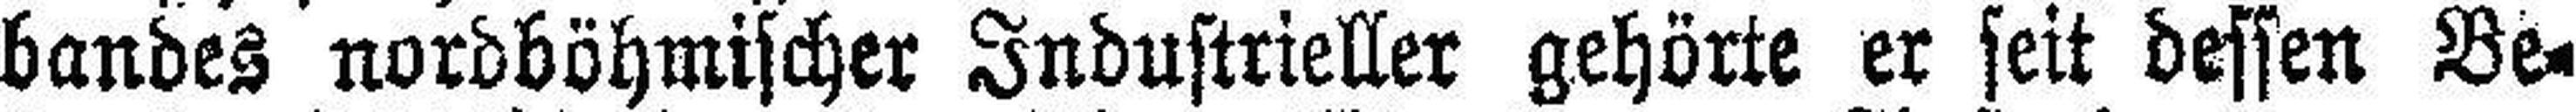
bandes nordböhmischer Industrieller gehörte er seit dessen Be¬